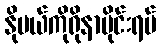
နိုဗယ်ကိုရိုနာဗိုင်းရပ်